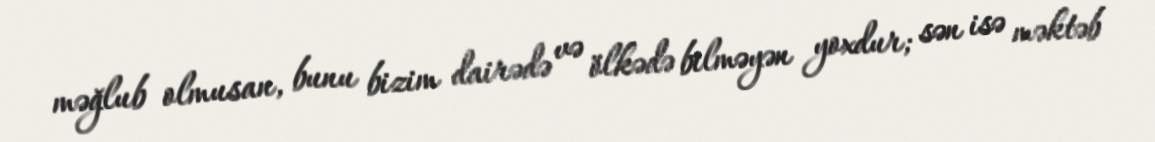
məğlub olmusan, bunu bizim dairədə və ölkədə bilməyən yoxdur; sən isə məktəb